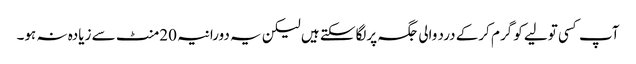
آپ کسی تولیے کو گرم کرکے درد والی جگہ پرلگاسکتے ہیں لیکن یہ دورانیہ 20منٹ سے زیادہ نہ ہو۔